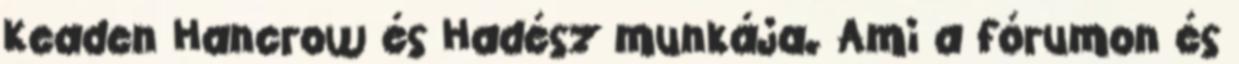
Keaden Hancrow és Hadész munkája. Ami a fórumon és